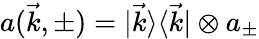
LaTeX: a(\vec{k},\pm)=|\vec{k}\rangle\langle\vec{k}|\otimes a_{\pm}